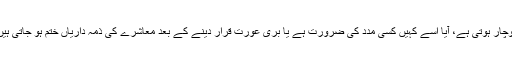
تاہم ایک بری عورت کی زندگی کی حقیقت کیا ہے وہ کن مسائل اور وجوہات سے دوچار ہوتی ہے، آیا اسے کہیں کسی مدد کی ضرورت ہے یا بری عورت قرار دینے کے بعد معاشرے کی ذمہ داریاں ختم ہو جاتی ہیں، اس جیسے اور کئی دیگر سوالوں کے جوابات دینے کی کشور نے کوشش کی ہے۔